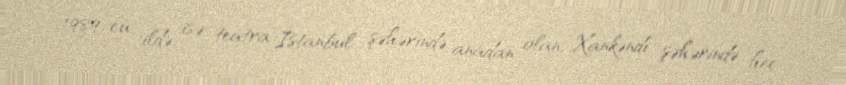
1989-cu ildə isə teatra İstanbul şəhərində anadan olan, Xankəndi şəhərində heç